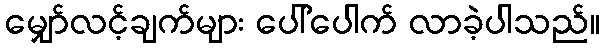
မျှော်လင့်ချက်များ ပေါ်ပေါက် လာခဲ့ပါသည်။